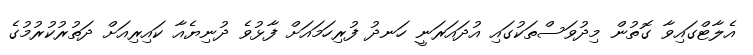
އެލާޓްގައިވާ ގޮތުން މިދުވަސްތަކުގައި އުދައަރަނީ ހަނދު ފުރިހަމައަށް ފާޅުވެ ދުނިޔެއާ ކައިރިއަށް ދަތުރުކުރުމުގެ